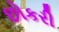
છોકરી